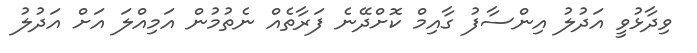
ވިދާޅުވީ އަދުލު އިންސާފު ގާއިމް ކޮށްދޭނެ ފަރާތެއް ނެތުމުން އަމިއްލަ އަށް އަދުލު